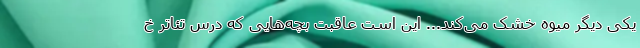
یکی دیگر میوه خشک می‌کند... این است عاقبت بچه‌هایی که درس تئاتر خ